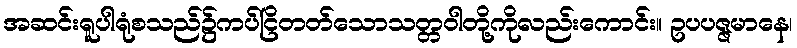
အဆင်းရူပါရုံစသည်၌ကပ်ငြိတတ်သောသတ္တဝါတို့ကိုလည်းကောင်း။ ဥပပဇ္ဇမာနေ၊